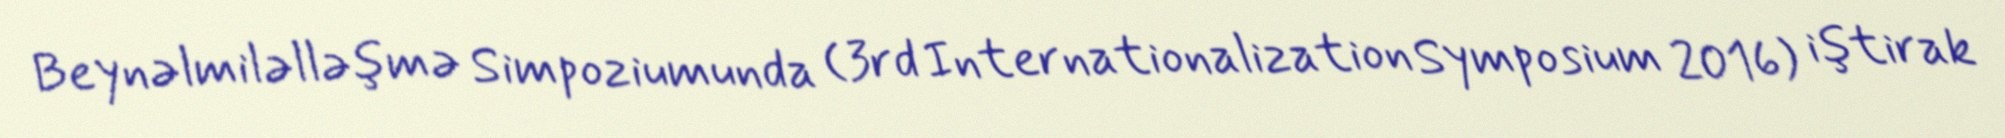
Beynəlmiləlləşmə Simpoziumunda (3rd Internationalization Symposium 2016) iştirak